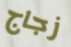
زجاج